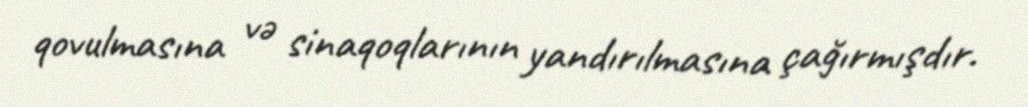
qovulmasına və sinaqoqlarının yandırılmasına çağırmışdır.